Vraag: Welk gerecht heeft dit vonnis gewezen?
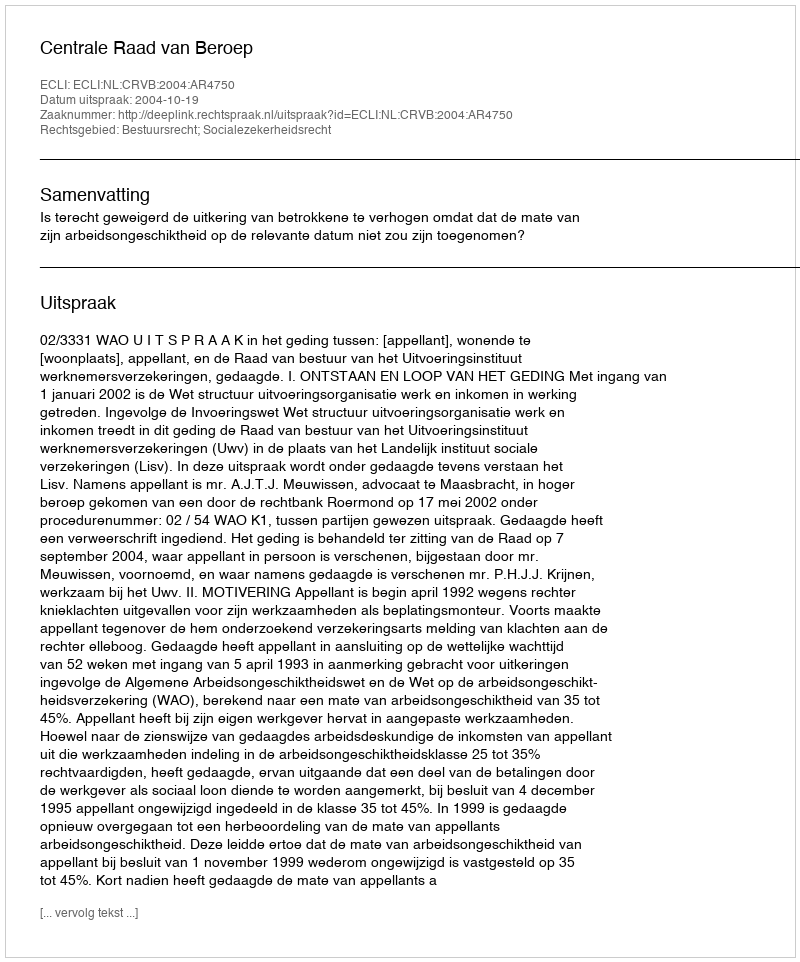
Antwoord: Centrale Raad van Beroep